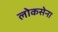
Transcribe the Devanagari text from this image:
लोकसेना